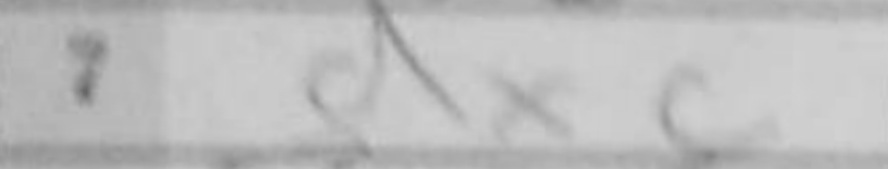
Transcription: dxc